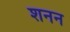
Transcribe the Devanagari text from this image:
शनन